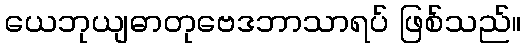
ယေဘုယျဓာတုဗေဒဘာသာရပ် ဖြစ်သည်။